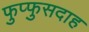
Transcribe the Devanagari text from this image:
फुप्फुसदाह